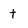
Character: t